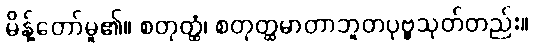
မိန့်တော်မူ၏။ စတုတ္ထံ၊ စတုတ္ထမာတာဘူတပုဗ္ဗသုတ်တည်း။